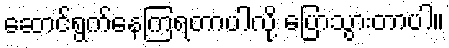
ဆောင်ရွက်နေကြရတာပါလို့ ပြောသွားတာပါ။